Document type: Grant of rights
Year: 1280
Scribe: Pere Marc
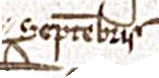
septembris